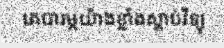
គេបារម្ភយ៉ាងខ្លាំងស្តាប់វិទ្យុ